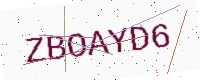
Text: ZBOAYD6